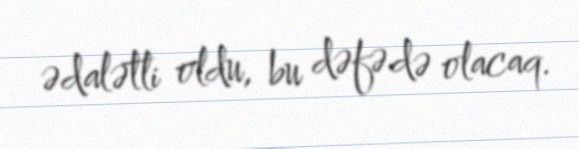
ədalətli oldu, bu dəfə də olacaq.